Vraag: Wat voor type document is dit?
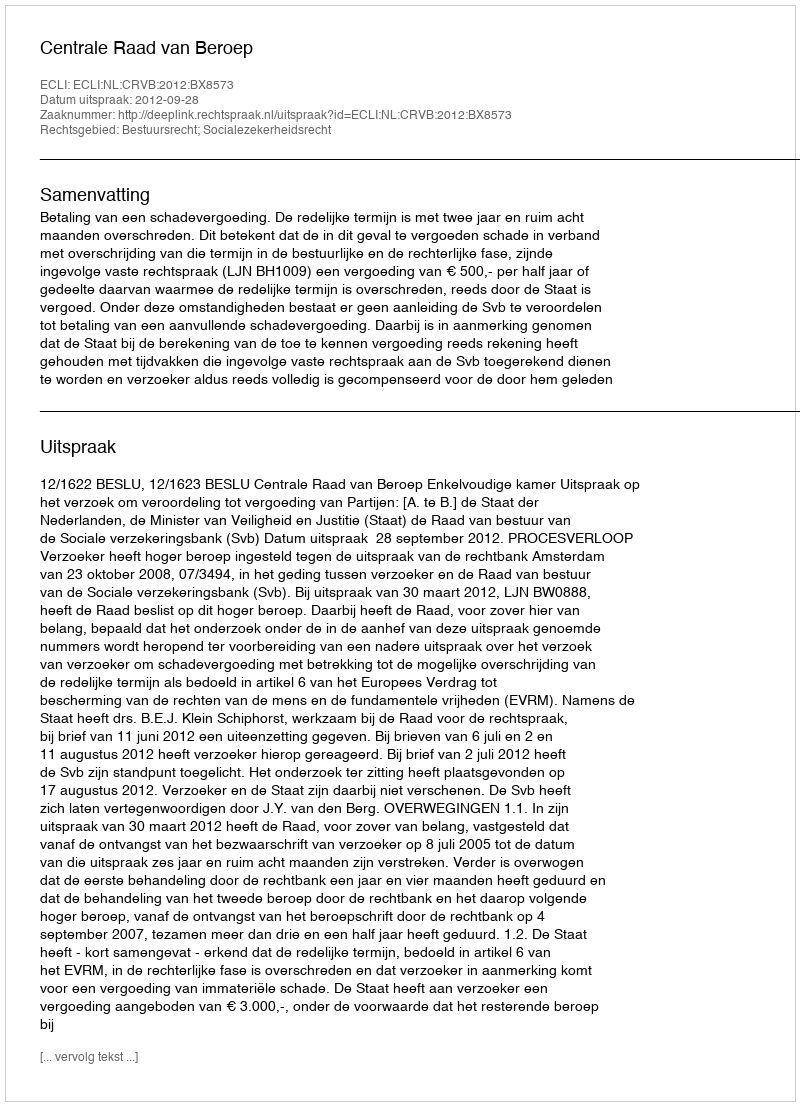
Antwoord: Uitspraak